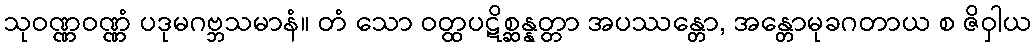
သုဝဏ္ဏဝဏ္ဏံ ပဒုမဂဗ္ဘသမာနံ။ တံ သော ဝတ္ထပဋိစ္ဆန္နတ္တာ အပဿန္တော, အန္တောမုခဂတာယ စ ဇိဝှါယ